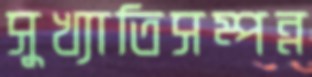
সুখ্যাতিসম্পন্ন